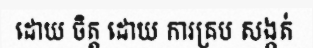
ដោយ ចិត្ត ដោយ ការគ្រប សង្កត់